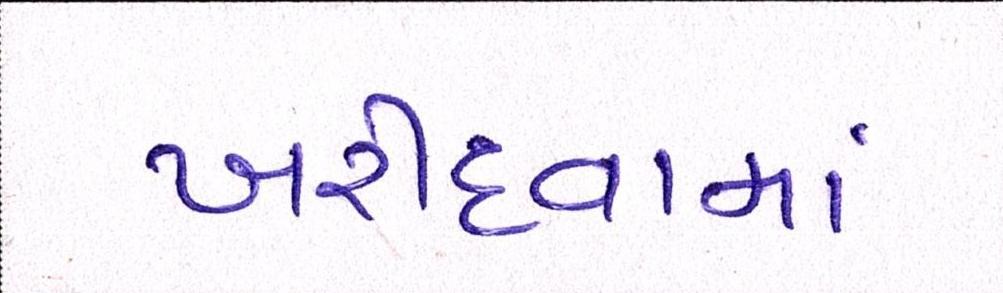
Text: ખરીદવામાં